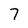
Character: 7